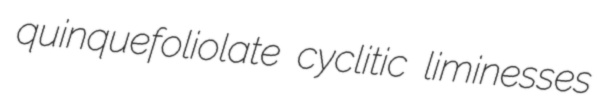
quinquefoliolate cyclitic liminesses